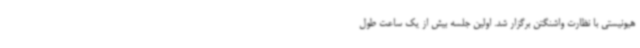
هیونیستی با نظارت واشنگتن برگزار شد. اولین جلسه بیش از یک ساعت طول